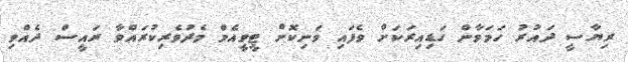
ރިޔާސީ ދައުރު ހަމަވާން ގަޑިއިރަކަށް ވެފައި ވަނިކޮށް ޓީވީއެމް މެދުވެރިކުރައްވާ ރައީސް ދެއްވި